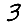
Digit: 3